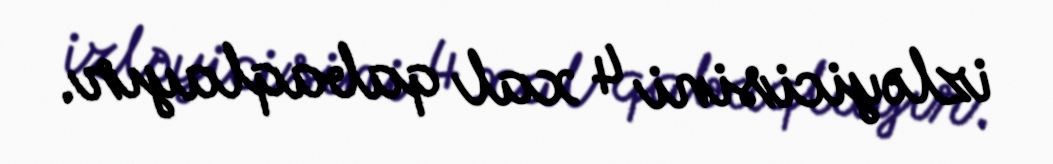
izləyicisini 4 xal qabaqlayır.